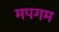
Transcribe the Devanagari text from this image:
मपगम